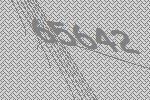
65642